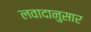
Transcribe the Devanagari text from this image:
लवादानुसार